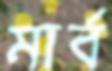
মার্ব